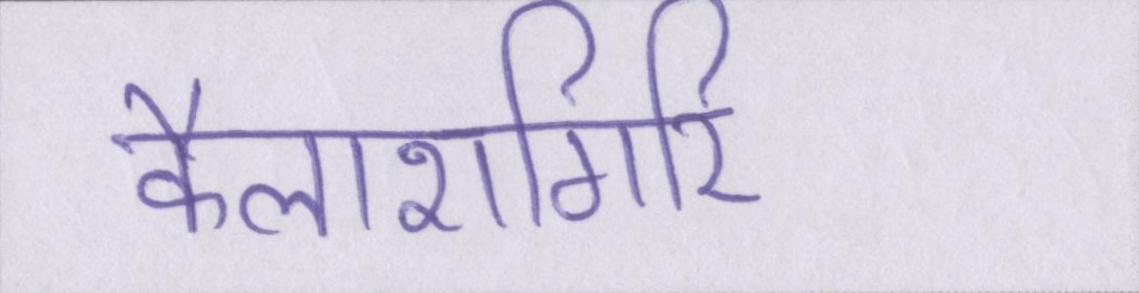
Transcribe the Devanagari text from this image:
कैलाशगिरि